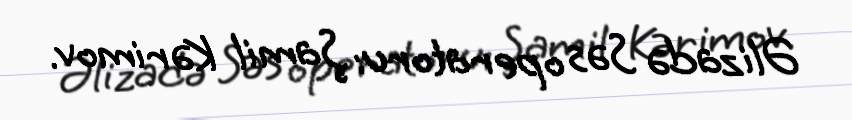
Əlizadə Səs operatoru: Şamil Kərimov.